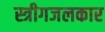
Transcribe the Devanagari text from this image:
स्त्रीगजलकार